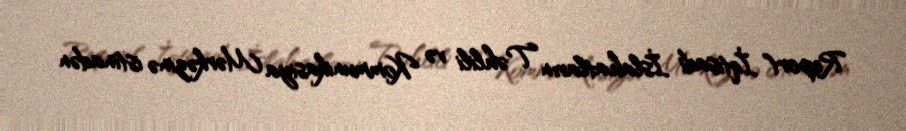
Report" İqtisadi İslahatların Təhlili və Kommunikasiya Mərkəzinə istinadən